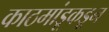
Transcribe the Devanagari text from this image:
काठमांडूकडून